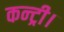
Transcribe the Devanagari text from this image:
कन्ट्री।